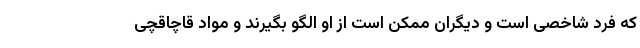
که فرد شاخصی است و دیگران ممکن است از او الگو بگیرند و مواد قاچاقچی